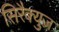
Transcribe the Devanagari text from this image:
सिरैक्युज़